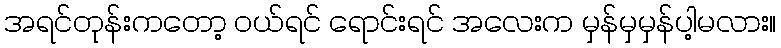
အရင်တုန်းကတော့ ဝယ်ရင် ရောင်းရင် အလေးက မှန်မှမှန်ပါ့မလား။